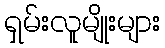
ရှမ်းလူမျိုးများ